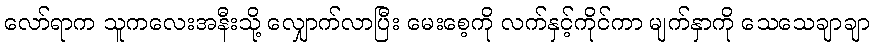
လော်ရာက သူကလေးအနီးသို့ လျှောက်လာပြီး မေးစေ့ကို လက်နှင့်ကိုင်ကာ မျက်နှာကို သေသေချာချာ